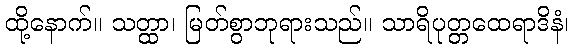
ထို့နောက်။ သတ္ထာ၊ မြတ်စွာဘုရားသည်။ သာရိပုတ္တထေရာဒိနံ၊